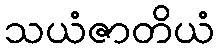
သယံဇာတိယံ